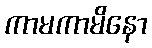
ကာမကာမိနော